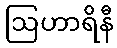
ဩဟာရိနီ